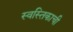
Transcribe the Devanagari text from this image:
स्वस्तिकाची